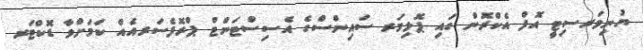
ޔުނިވަރސިޓީ އޮފް އެކްރޮން ގައި ޕޮލިމަރ ސައިންސްގެ އެސިސްޓަންޓް ޕްރޮފެސަރއެއް ކަމަށްވާ ޑޮކްޓަރ